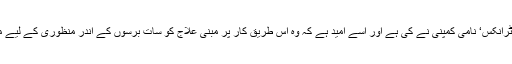
یہ تحقیق امریکا میں واقع ’گلوانی بائیو الیکٹرانکس‘ نامی کمپنی نے کی ہے اور اسے امید ہے کہ وہ اس طریق کار پر مبنی علاج کو سات برسوں کے اندر منظوری کے لیے متعلقہ ادارے کے سامنے پیش کر دے گی۔